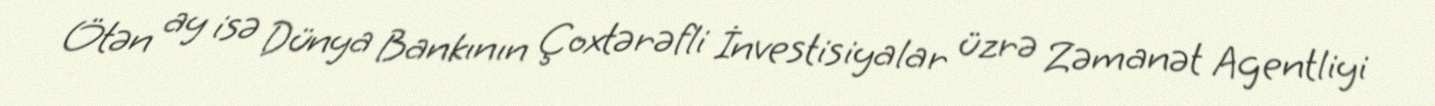
Ötən ay isə Dünya Bankının Çoxtərəfli İnvestisiyalar üzrə Zəmanət Agentliyi